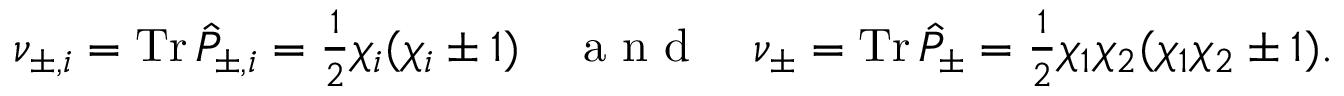
\textstyle \nu _ { \pm , i } = \operatorname { T r } \hat { P } _ { \pm , i } \stackrel { } { = } \frac { 1 } { 2 } \chi _ { i } ( \chi _ { i } \pm 1 ) \quad \mathrm { ~ a ~ n ~ d ~ } \quad \nu _ { \pm } = \operatorname { T r } \hat { P } _ { \pm } \stackrel { } { = } \frac { 1 } { 2 } \chi _ { 1 } \chi _ { 2 } ( \chi _ { 1 } \chi _ { 2 } \pm 1 ) .